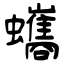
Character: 蠵